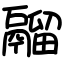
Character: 鬸